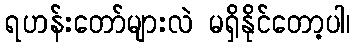
ရဟန်းတော်များလဲ မရှိနိုင်တော့ပါ၊